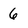
Character: 6